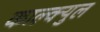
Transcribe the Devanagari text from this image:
काल्क्युल